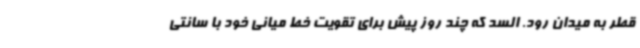
قطر به میدان رود. السد که چند روز پیش برای تقویت خط میانی خود با سانتی